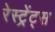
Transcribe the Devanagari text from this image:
रेस्ट्रेंट्स